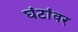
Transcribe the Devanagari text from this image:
घंटांवर